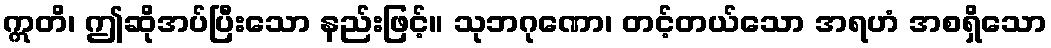
ဣတိ၊ ဤဆိုအပ်ပြီးသော နည်းဖြင့်။ သုဘဂုဏော၊ တင့်တယ်သော အရဟံ အစရှိသော